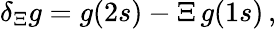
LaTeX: \begin{array}{r}{\delta_{\Xi}g=g(2s)-\Xi\, g(1s)\, ,}\end{array}